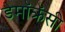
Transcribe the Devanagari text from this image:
डेमॉक्रॅसी